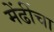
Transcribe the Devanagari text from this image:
मेंढींचा